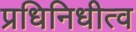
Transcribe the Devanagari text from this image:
प्रधिनिधीत्व